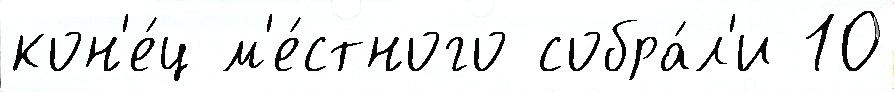
кон'е́ц м'е́стного собра́л'и 10